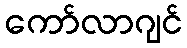
ကော်လာဂျင်